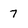
Character: 7